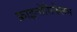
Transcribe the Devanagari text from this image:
फ्राइनोसिफेलस